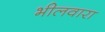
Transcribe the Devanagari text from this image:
भीलवारा